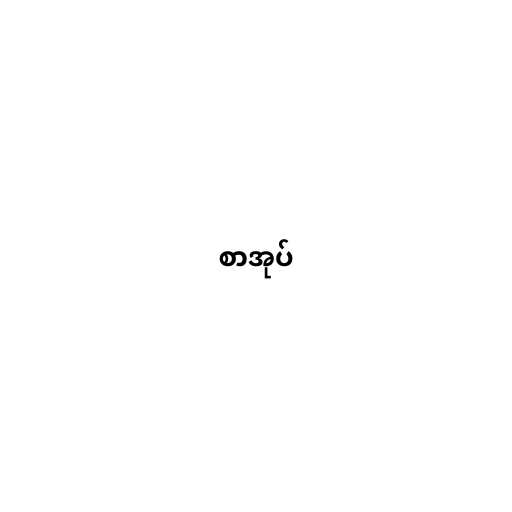
စာအုပ်